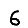
Digit: 6